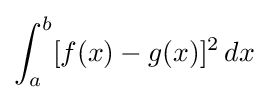
\int _{a}^{b}[f(x)-g(x)]^{2}\,dx